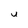
Character: U